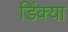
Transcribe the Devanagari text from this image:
डिंक्या